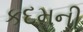
કદમની